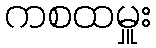
ကစထမှူး